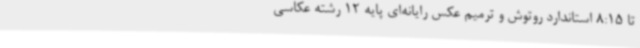
تا 8:15 استاندارد روتوش و ترمیم عکس رایانه‌ای پایه 12 رشته عکاسی